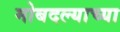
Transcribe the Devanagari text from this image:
मोबदल्याच्या